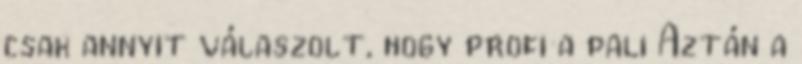
csak annyit válaszolt, hogy profi a pali Aztán a